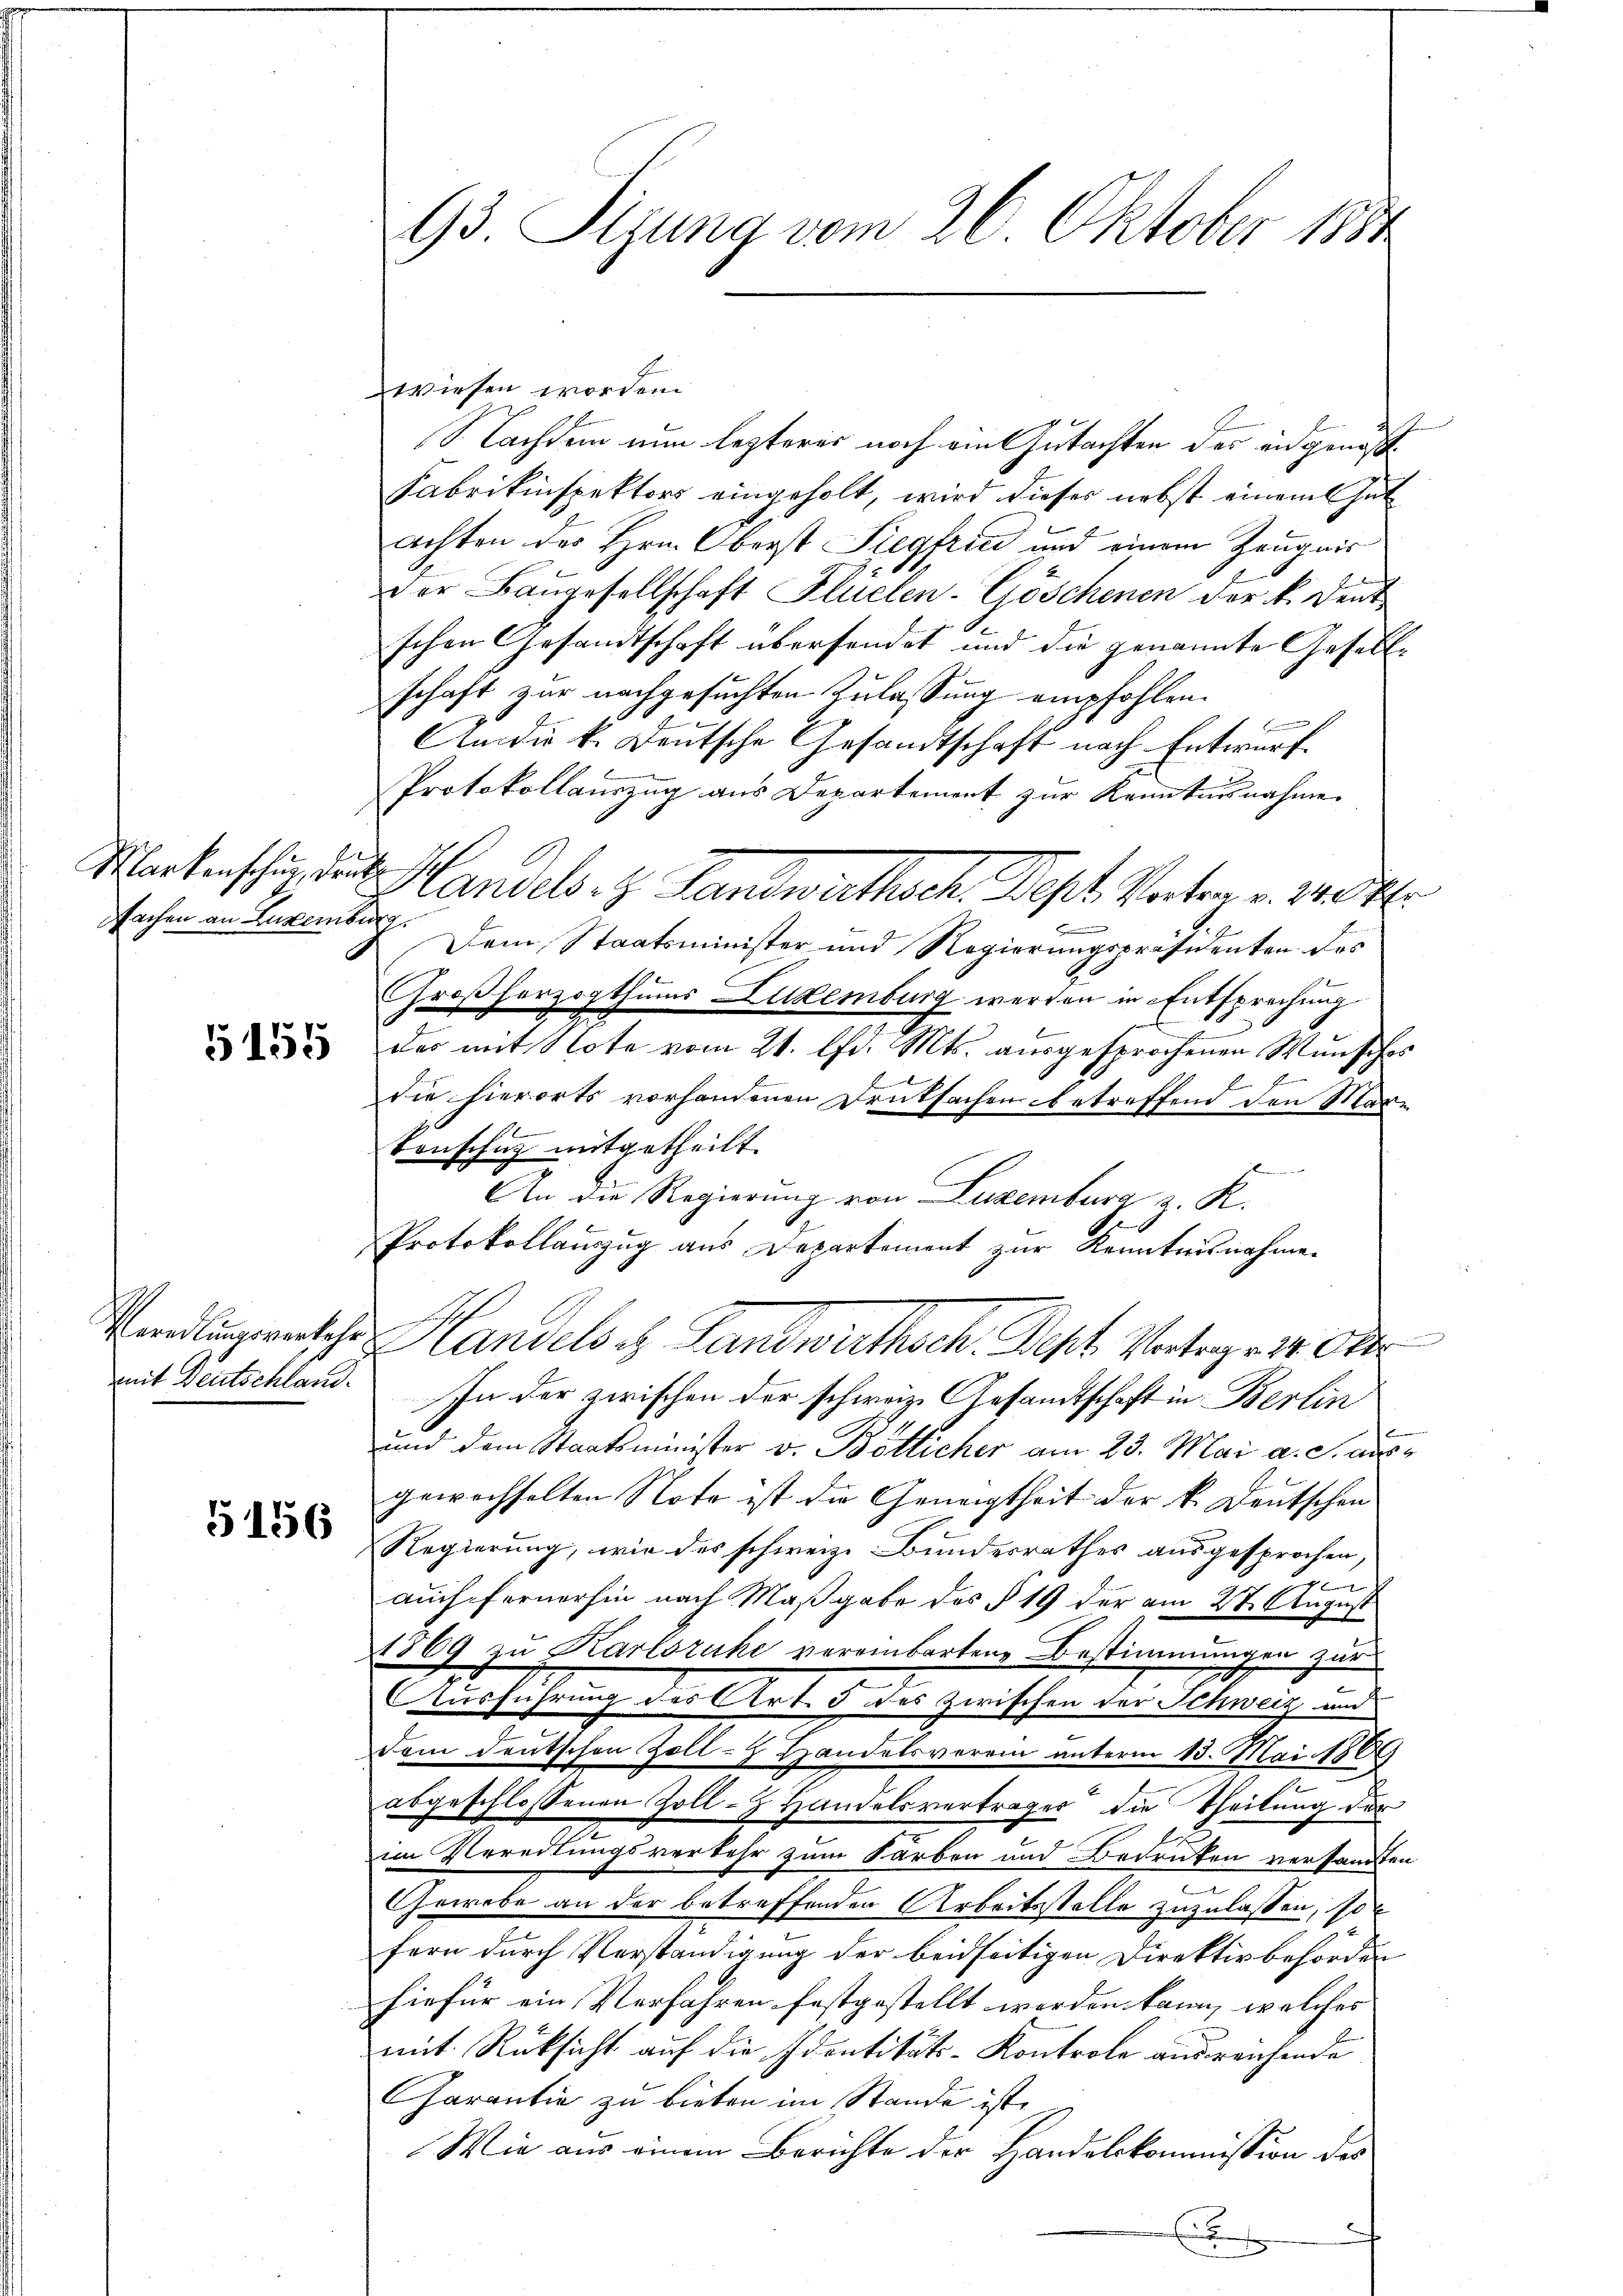
Markenschŭg, deute
Wachen an Luxenburg

5155

Peredlinnesverkehr
mit Deutschland.

5156

93 Sizung vom 26. Oktober 1884

Wiesen worden.
S. Nachdem nun lezteres noch am Gutachten des eidgenöß
Fabrikinspektors eingeholt, wird dieses nebst einem Gutachten des Hrn. Oberst Siegfried und einem Zeugnis
der Baugesellschaft Flüelen-Göschenen der k. Deut
schen Gesandtschaft übersendet und die genannte Gesellschaft zur nachgesuchten Zulassung empfohlen.

An die k. Deutsche Gesandtschaft nach Entwurf.
Protokollauszug aus Departement zur Kenntnisnahme
Handels. z. Handwirthsch Post Verten v. Mts.
Dem Staatsminister und Regierungspräsidenten des
5
Großherzogthums Ludemburg werden in Entsprechung
des mit Note vom 21. Apr. Mts. ausgesprochenen Wunsches
die hierorts vorhandenen Drucksachen betreffend den Mar-
Tonschig mitgetheilt.
An die Regierung von Luxenburg z. R.
.
Protokollauszug aus Departement zur Kenntnisnahme
Handels u. Landwirthsch. Dest. Vertrage er. Oder
In der zwischen der schweiz. Gesandtschaft in Berlin
und dem Staatsminister v. Bötticher am 23. Mai a. c. ausgewechselten Note ist die Geneigtheit der k. Deutschen
Regierung, wie des schweiz. Bundesrathes ausgesprochen,
auch fernerhin nach Maßgabe des § 19 der am 2t August
1869 zu Karlsruhe vereinbarten Bestimmungen zur

Ausführung des Art. 3 des zwischen der Schweiz und
dem deutschen Zoll-H Handelsverein unterm 13. Mai 1884)
n
abgeschlossenen Zoll- Handelsvertrages die Theilung der
8
im Vereitungsverkehr zum Sarben und Bedrüken versammten
|
Gewebe an der betreffenden Arbeitsstelle zuzulassen, son
fern durch Verständigung der beidseitigen Direktivbehörden
hiefür ein Verfahren festgestellt werden kann, welches
mit Rücksicht auf die Identitäts-Kontrole ausreichende
Garantie zu bieten im Stande ist.
Wie aus einem Berichte der Handelskommission des
E